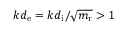
k d _ { \mathrm { e } } = k d _ { \mathrm { i } } / \sqrt { m _ { \mathrm { r } } } > 1